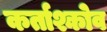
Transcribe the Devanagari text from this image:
कर्ताश्कोव